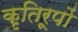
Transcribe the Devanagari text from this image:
कृतिरूपों